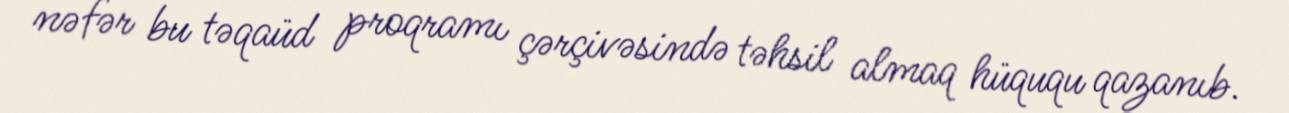
nəfər bu təqaüd proqramı çərçivəsində təhsil almaq hüququ qazanıb.